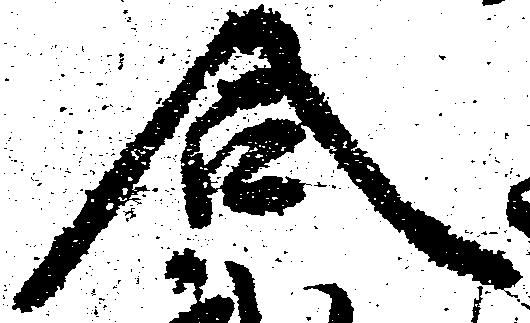
合